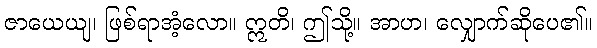
ဇာယေယျ၊ ဖြစ်ရာအံ့လော။ ဣတိ၊ ဤသို့။ အာဟ၊ လျှောက်ဆိုပေ၏။